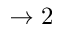
\rightarrow 2